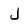
Character: j